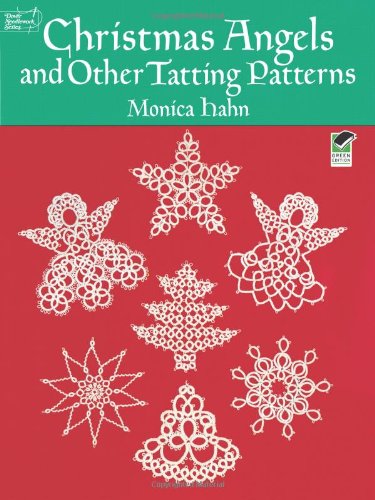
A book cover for Christmas Angels and Other Tatting Patterns (Dover Knitting, Crochet, Tatting, Lace); Monica Hahn; Crafts, Hobbies & Home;